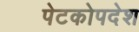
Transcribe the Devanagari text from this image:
पेटकोपदेश